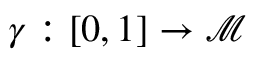
\gamma : [ 0 , 1 ] \rightarrow \mathcal { M }